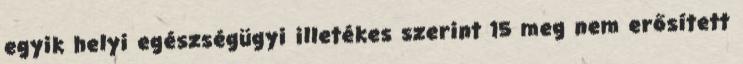
egyik helyi egészségügyi illetékes szerint 15 meg nem erősített